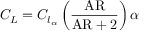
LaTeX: \ C _ { L } = C _ { l _ { \alpha } } \left( { \frac { \mathrm { A R } } { { \mathrm { A R } } + 2 } } \right) \alpha